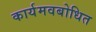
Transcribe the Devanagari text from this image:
कार्यमवबोधित